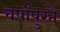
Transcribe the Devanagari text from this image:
वर्षापुरते